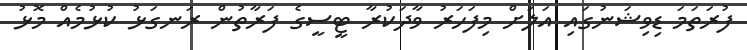
ފުރަތަމަ ޑިވިޝަނުގައި އަލަށް މިފަހަރު ވާދަކުރާ ޓީސީގެ ފަރާތުން ރަނގަޅު ކުޅުމެއް މޮޅު